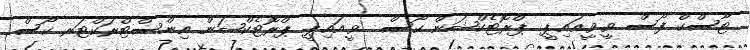
ޓާސްކް ފޯސް ވީ.ވީ.އައި.ޕީ. ޕްރޮޓެކްޝަން ކޯސް  ވީ.އައި.ޕީ ޕްރޮޓެކްޝަން އިންސްޓްރަކްޓަރ ކޯސް